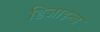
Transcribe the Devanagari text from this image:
डिजाइन्ड